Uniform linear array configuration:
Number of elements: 12
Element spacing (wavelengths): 1
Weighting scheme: binomial
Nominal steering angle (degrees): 15
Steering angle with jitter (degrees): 15.743
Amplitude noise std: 0.05
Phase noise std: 0.05

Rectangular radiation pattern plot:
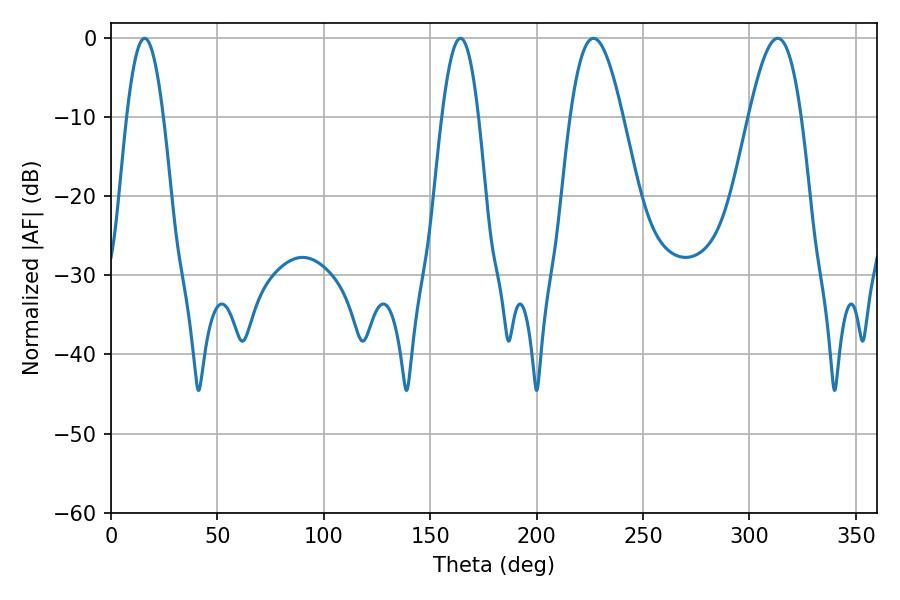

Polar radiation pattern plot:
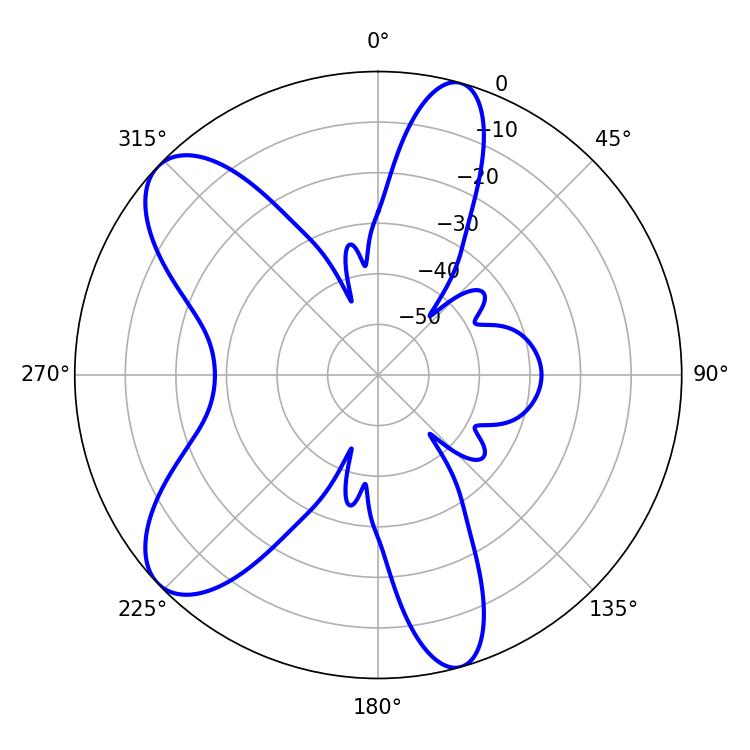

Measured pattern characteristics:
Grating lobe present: TRUE
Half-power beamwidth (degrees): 9.36
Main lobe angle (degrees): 15.84